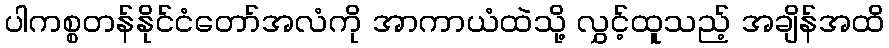
ပါကစ္စတန်နိုင်ငံတော်အလံကို အာကာယံထဲသို့ လွှင့်ထူသည့် အချိန်အထိ